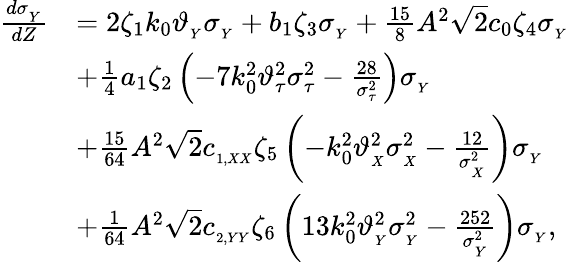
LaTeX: \begin{array}{rl}{\frac{d\sigma_{_Y}}{dZ}}&{=2\zeta_{1}k_{0}\vartheta_{_{Y}}\sigma_{_Y}+b_{1}\zeta_{3}\sigma_{_Y}+\frac{15}{8}A^{2}\sqrt{2}c_{0}\zeta_{4}\sigma_{_Y}}\\ &{+\frac{1}{4}a_{1}\zeta_{2}\left(-7k_{0}^{2}\vartheta_{\tau}^{2}\sigma_{\tau}^{2}-\frac{28}{\sigma_{\tau}^{2}}\right)\sigma_{_Y}}\\ &{+\frac{15}{64}A^{2}\sqrt{2}c_{_{1,XX}}\zeta_{5}\left(-k_{0}^{2}\vartheta_{_{X}}^{2}\sigma_{_X}^{2}-\frac{12}{\sigma_{_X}^{2}}\right)\sigma_{_Y}}\\ &{+\frac{1}{64}A^{2}\sqrt{2}c_{_{2,YY}}\zeta_{6}\left(13k_{0}^{2}\vartheta_{_{Y}}^{2}\sigma_{_Y}^{2}-\frac{252}{\sigma_{_Y}^{2}}\right)\sigma_{_Y},}\end{array}